Rangoon Lunatic Asylum 1878-1892 - 1878-1892
Year: 1878
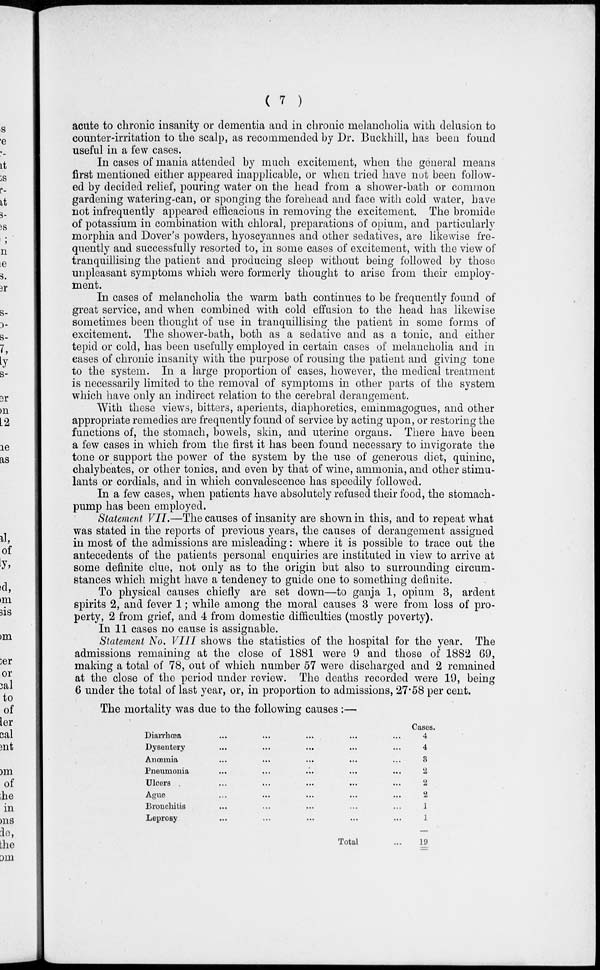
( 7 )
acute to chronic insanity or dementia and in chronic melancholia with delusion to
counter-irritation to the scalp, as recommended by Dr. Buckhill, has been found
useful in a few cases.
In cases of mania attended by much excitement, when the general means
first mentioned either appeared inapplicable, or when tried have not been follow-
ed by decided relief, pouring water on the head from a shower-bath or common
gardening watering-can, or sponging the forehead and face with cold water, have
not infrequently appeared efficacious in removing the excitement. The bromide
of potassium in combination with chloral, preparations of opium, and particularly
morphia and Dover's powders, hyoscyannes and other sedatives, are likewise fre-
quently and successfully resorted to, in some cases of excitement, with the view of
tranquillising the patient and producing sleep without being followed by those
unpleasant symptoms which were formerly thought to arise from their employ-
ment.
In cases of melancholia the warm bath continues to be frequently found of
great service, and when combined with cold effusion to the head has likewise
sometimes been thought of use in tranquillising the patient in some forms of
excitement. The shower-bath, both as a sedative and as a tonic, and either
tepid or cold, has been usefully employed in certain cases of melancholia and in
cases of chronic insanity with the purpose of rousing the patient and giving tone
to the system. In a large proportion of cases, however, the medical treatment
is necessarily limited to the removal of symptoms in other parts of the system
which have only an indirect relation to the cerebral derangement.
With these views, bitters, aperients, diaphoretics, eminmagogues, and other
appropriate remedies are frequently found of service by acting upon, or restoring the
functions of, the stomach, bowels, skin, and uterine organs. There have been
a few cases in which from the first it has been found necessary to invigorate the
tone or support the power of the system by the use of generous diet, quinine,
chalybeates, or other tonics, and even by that of wine, ammonia, and other stimu-
lants or cordials, and in which convalescence has speedily followed.
In a few cases, when patients have absolutely refused their food, the stomach-
pump has been employed.
Statement VII.—The causes of insanity are shown in this, and to repeat what
was stated in the reports of previous years, the causes of derangement assigned
in most of the admissions are misleading: where it is possible to trace out the
antecedents of the patients personal enquiries are instituted in view to arrive at
some definite clue, not only as to the origin but also to surrounding circum-
stances which might have a tendency to guide one to something definite.
To physical causes chiefly are set down—to ganja 1, opium 3, ardent
spirits 2, and fever 1; while among the moral causes 3 were from loss of pro-
perty, 2 from grief, and 4 from domestic difficulties (mostly poverty).
In 11 cases no cause is assignable.
Statement No. VIII shows the statistics of the hospital for the year. The
admissions remaining at the close of 1881 were 9 and those of 1882 69,
making a total of 78, out of which number 57 were discharged and 2 remained
at the close of the period under review. The deaths recorded were 19, being
6 under the total of last year, or, in proportion to admissions, 27.58 per cent.
The mortality was due to the following causes:—
Diarrhœa ... ... ... ... ...
Dysentery ... ... ... ... ...
Anosmia ... ... ... ... ...
Pneumonia ... ... ... ... ...
Ulcers ... ... ... ... ...
Ague ... ... ... ... ...
Broncitis ... ... ... ... ...
Leprosy ... ... ... ... ...
Total ... ... ... ... ...
Cases.
4
4
3
2
2
2
1
1
10